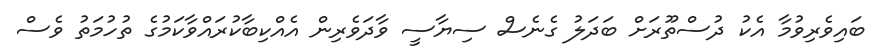
ބައިވެރިވުމާ އެކު ދުސްތޫރަށް ބަދަލު ގެނެސް ސިޔާސީ ވާދަވެރިން އެއްކިބާކުރައްވާކަމުގެ ތުހުމަތު ވެސް